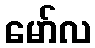
မော်လ